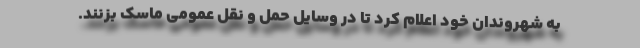
به شهروندان خود اعلام کرد تا در وسایل حمل و نقل عمومی ماسک بزنند.